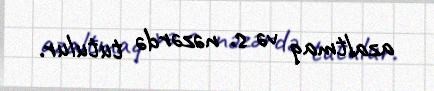
azaltmaq və s. nəzərdə tutulur.